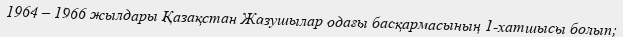
1964 – 1966 жылдары Қазақстан Жазушылар одағы басқармасының 1-хатшысы болып;